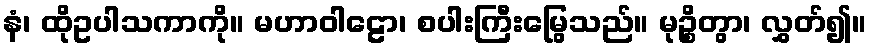
နံ၊ ထိုဥပါသကာကို။ မဟာဝါဠော၊ စပါးကြီးမြွေသည်။ မုဉ္စိတွာ၊ လွှတ်၍။